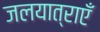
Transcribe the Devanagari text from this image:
जलयात्राएँ